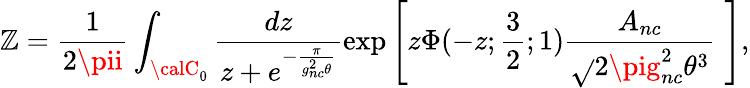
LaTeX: {\cal\mathbb{Z}}=\frac{{1}}{{2\pii}}\int_{{\calC}_{0}}\frac{{dz}}{{z+e^{-\frac{{\pi}}{{g_{nc}^{2}\theta}}}}}\exp\left[z\Phi(-z;\frac{{3}}{{2}};1)\frac{{A_{nc}}}{{\sqrt{}{{2\pig_{nc}^{2}\theta^{3}}}}}\, \, \right],